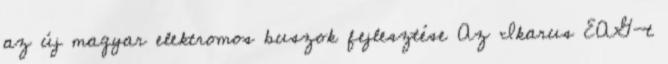
az új magyar elektromos buszok fejlesztése Az Ikarus EAG-t